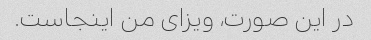
در این صورت، ویزای من اینجاست.